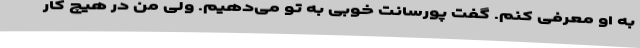
به او معرفی کنم. گفت پورسانت خوبی به تو می‌دهیم. ولی من در هیچ کار